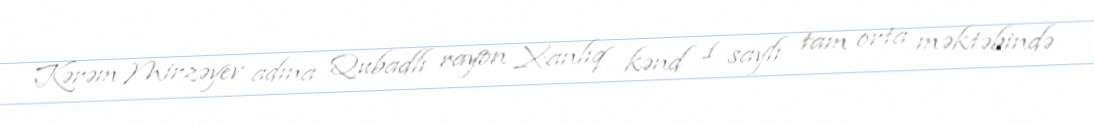
Kərəm Mirzəyev adına Qubadlı rayon Xanlıq kənd 1 saylı tam orta məktəbində